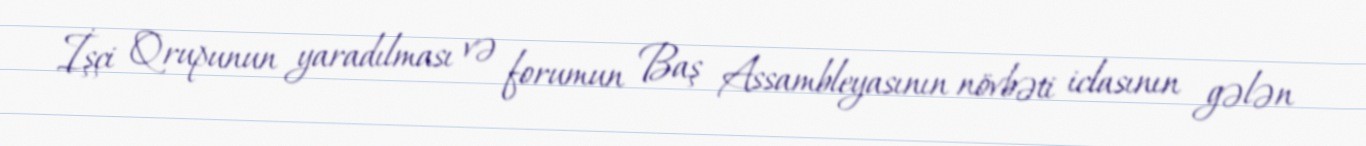
İşçi Qrupunun yaradılması və forumun Baş Assambleyasının növbəti iclasının gələn